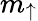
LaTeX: m_{\uparrow}